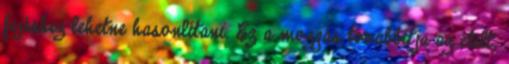
fejéshez lehetne hasonlítani. Ez a mozgás továbbítja az ételt,